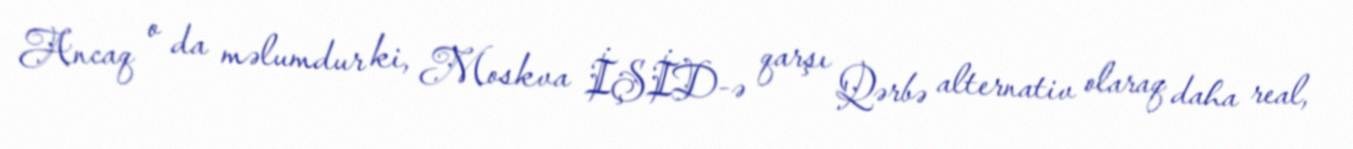
Ancaq o da məlumdur ki, Moskva İŞİD-ə qarşı Qərbə alternativ olaraq daha real,